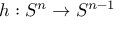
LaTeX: h : S ^ { n } \to S ^ { n - 1 }